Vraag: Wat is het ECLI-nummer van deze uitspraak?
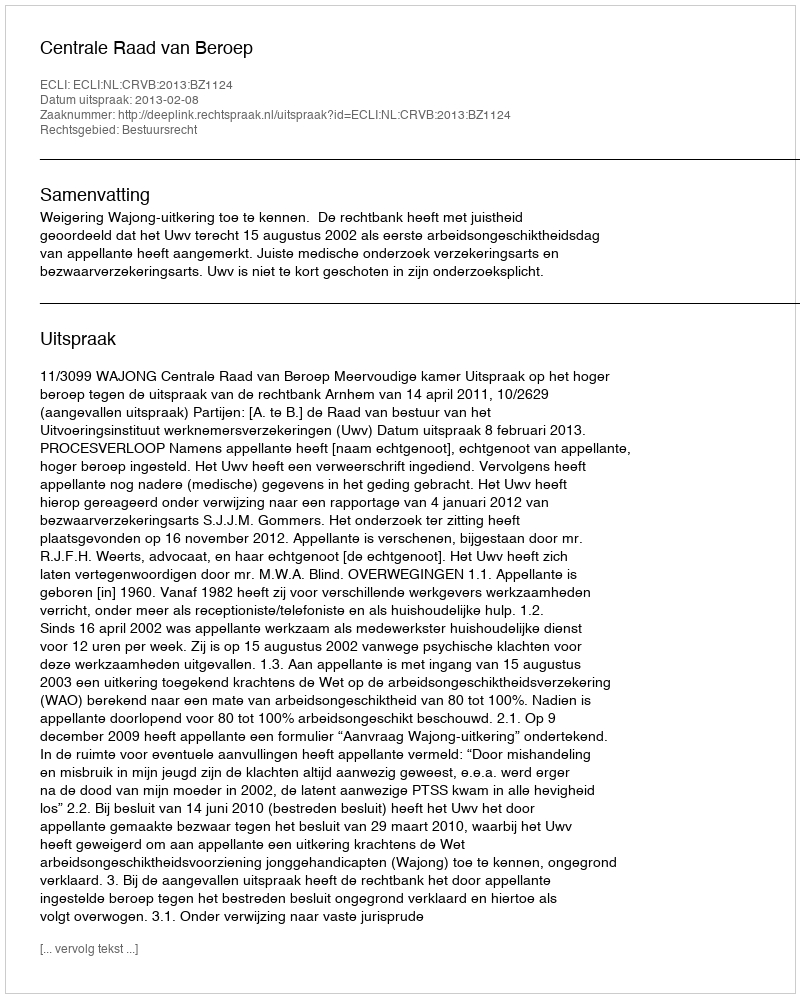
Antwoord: ECLI:NL:CRVB:2013:BZ1124